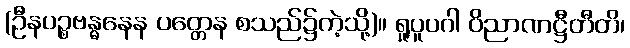
(ဦနပဉ္စဗန္ဓနေန ပတ္တေန စသည်၌ကဲ့သို့)။ ရူပူပဂါ ဝိညာဏဋ္ဌီတီတိ၊